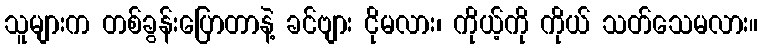
သူများက တစ်ခွန်းပြောတာနဲ့ ခင်ဗျား ငိုမလား၊ ကိုယ့်ကို ကိုယ် သတ်သေမလား။